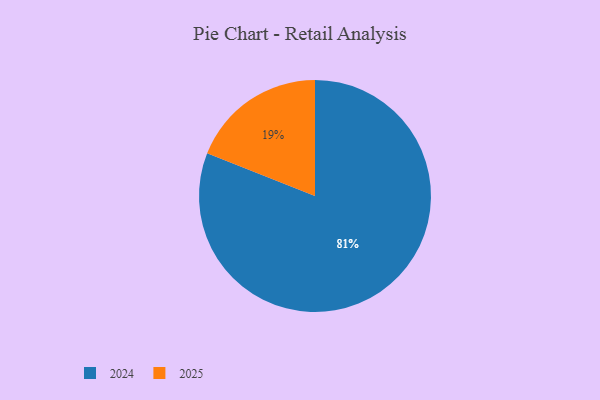
{"axis": {"x": "Category", "y": "Percentage"}, "legend": ["2024", "2025"], "data": [{"x": "2025", "y": 19, "type": "2025"}, {"x": "2024", "y": 81, "type": "2024"}]}